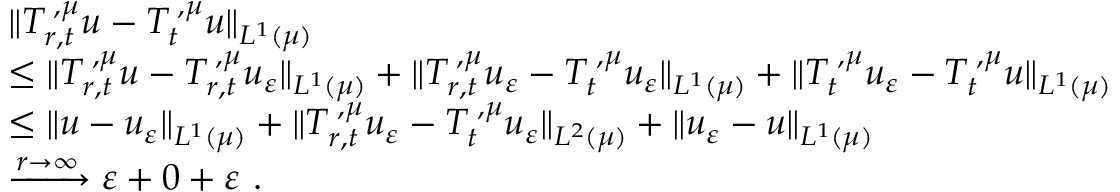
\begin{array} { r l } & { \| T _ { r , t } ^ { { \mathbf \Upsilon } , { \mu } } u - T _ { t } ^ { { \mathbf \Upsilon } , { \mu } } u \| _ { L ^ { 1 } ( { \mu } ) } } \\ & { \le \| T _ { r , t } ^ { { \mathbf \Upsilon } , { \mu } } u - T _ { r , t } ^ { { \mathbf \Upsilon } , { \mu } } u _ { \varepsilon } \| _ { L ^ { 1 } ( { \mu } ) } + \| T _ { r , t } ^ { { \mathbf \Upsilon } , { \mu } } u _ { \varepsilon } - T _ { t } ^ { { \mathbf \Upsilon } , { \mu } } u _ { \varepsilon } \| _ { L ^ { 1 } ( { \mu } ) } + \| T _ { t } ^ { { \mathbf \Upsilon } , { \mu } } u _ { \varepsilon } - T _ { t } ^ { { \mathbf \Upsilon } , { \mu } } u \| _ { L ^ { 1 } ( { \mu } ) } } \\ & { \le \| u - u _ { \varepsilon } \| _ { L ^ { 1 } ( { \mu } ) } + \| T _ { r , t } ^ { { \mathbf \Upsilon } , { \mu } } u _ { \varepsilon } - T _ { t } ^ { { \mathbf \Upsilon } , { \mu } } u _ { \varepsilon } \| _ { L ^ { 2 } ( { \mu } ) } + \| u _ { \varepsilon } - u \| _ { L ^ { 1 } ( { \mu } ) } } \\ & { \xrightarrow { r \to \infty } \varepsilon + 0 + \varepsilon \, \, \mathrm { . } } \end{array}